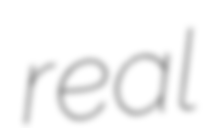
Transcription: real